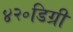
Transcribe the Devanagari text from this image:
४२॰डिग्री